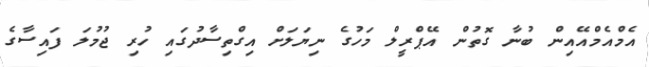
އެމްއެމްއޭއިން ބުނާ ގޮތުން އޭޕްރީލް މަހުގެ ނިޔަލަށް އިގްތިސާދުގައި ހުރި ޖުމުލަ ފައިސާގެ